Madras plague regulations in force outside the Presidency town - Volume 6
Disease focus: Plague
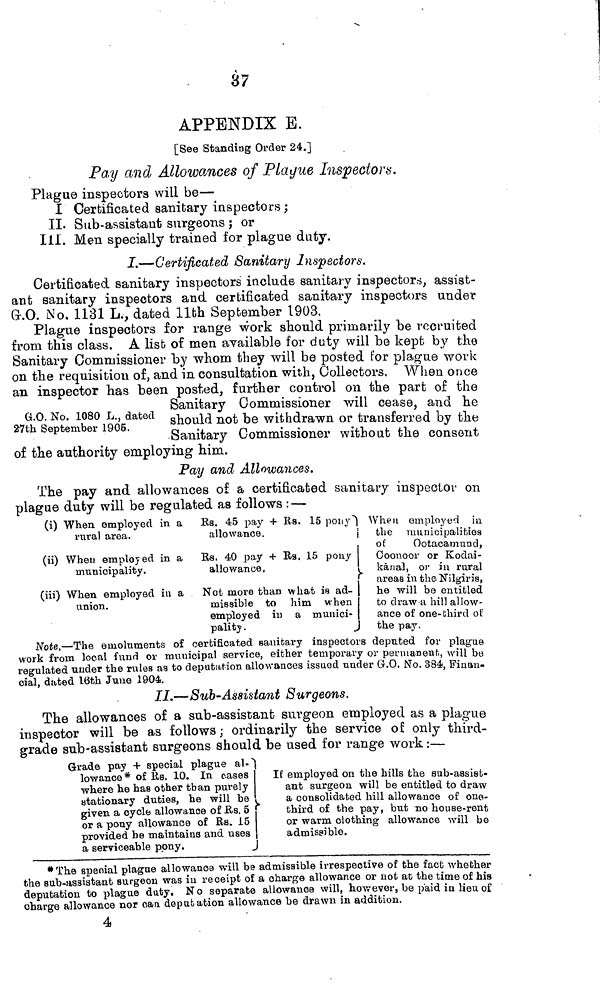
87
APPENDIX E.
[See Standing Order 24.]
Pay and Allowances of Plague Inspectors.
Plague inspectors will be—
I Certificated sanitary inspectors;
II. Sub-assistant surgeons ; or
111. Men specially trained for plague duty.
I.—Certificated Sanitary Inspectors,
Certificated sanitary inspectors include sanitary inspectors, assist-
ant sanitary inspectors and certificated sanitary inspectors under
G.O. No. 1131 L.. dated llth September 1903.
G.O. No. 1080 L., dated
27th September 1905.
Plague inspectors for range work should primarily be recruited
from this class. A list of men available for duty will be kept by the
Sanitary Commissioner by whom they will be posted for plague work
on the requisition of, and in consultation with, Collectors. When once
an inspector has been posted, further control on the part of the
Sanitary Commissioner Will cease, and he
should not be withdrawn or transferred by the
Sanitary Commissioner without the consent
of the authority employing him.
Pay and Allowances.
The pay and allowances of a certificated sanitary inspector on
plague duty will be regulated as follows : —
(i)
(ii)
(iii)
When employed in a
rural area.
When employed in a
municipality.
When employed in a
union.
Rs. 45 pay + Rs. 15 pouy
allowance.
Rs. 40 pay + Rs. 15 pony
allowance,
Not more than what is ad-
missible to him when
employed in a munici-
pality .
When einployed in
the municipalities
of
Ootacamuncl,
Coonoor or Kodai-
kanal, or in rural
areas in the Nilgiris,
he will be entitled
to draw a hill allow-
ance of one-third of
the pay.
Note.—The emoluments of certificated sanitary inspectors deputed for plague
work from local find or municipal service, either temporary or permanent, will be
regulated under the rules as to deputation allowances issued under G-.O. No. 384, Finan-
cial, dated 16th June 1904.
II.—Sub-Assistant Surgeons.
The allowances of a sub-assistant surgeon employed as a plague
inspector will be as follows ; ordinarily the service of only third-
grade sub-assistant surgeons should be used for range work :—
Grade pay + special plague al-
lowance* of Rs. 10. In cases
•where he has other than purely
stationary duties, he will be
given, a cycle allowance of R.S. 5
or a pony allowance of Rs. 15
provided be maintains and n ses
a serviceable pony.
If employed on the hills the sub-assist-
ant surgeon will be entitled to draw
a consolidated hill allowance of one-
third of the pay, but no house-rent
or warm clothing allowance will be
admissible,
j
* The special plague allowance will be admissible irrespective of the fact whether
the sub-assistant surgeon was in receipt of a charge allowance or not at the time of his
deputation to plague duty. No separate allowance will, however, be paid in lieu of
charge allowance nor can deputation allowance be drawn in addition,
4